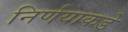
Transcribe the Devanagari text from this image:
निर्णयाकडे